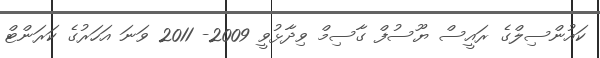
ކައުންސިލްގެ ރައީސް ޔޫސުފް ގާސިމް ވިދާޅުވީ 2009- 2011 ވަނަ އަހަރުގެ ކަރަންޓް